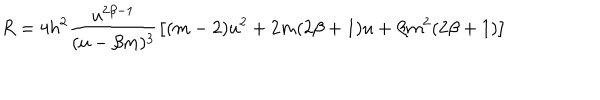
R = 4 h ^ { 2 } \frac { u ^ { 2 \beta - 1 } } { ( u - \beta m ) ^ { 3 } } \left[ ( m - 2 ) u ^ { 2 } + 2 m ( 2 \beta + 1 ) u + \beta m ^ { 2 } ( 2 \beta + 1 ) \right]